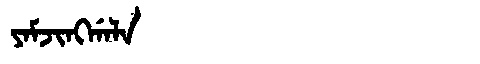
Manchu: ᠶᠠᠮᠵᡳᠩᡤᠠᠯᠠ
Romanization: YAMJINGGALA